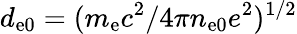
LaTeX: d_{\mathrm{e0}}=(m_{\mathrm{e}}c^{2}/4\pi n_{\mathrm{e0}}e^{2})^{1/2}